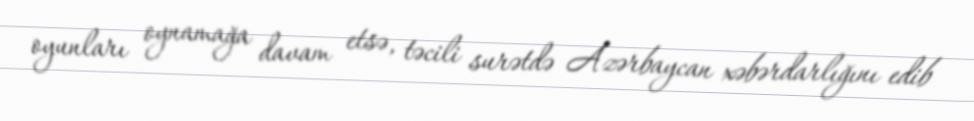
oyunları oynamağa davam etsə, təcili surətdə Azərbaycan xəbərdarlığını edib